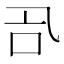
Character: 𠮸